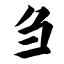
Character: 刍